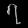
Digit: ၇